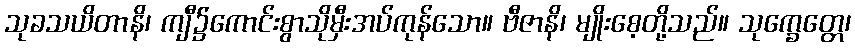
သုခသယိတာနိ၊ ကျီ၌ကောင်းစွာသိုမှီးအပ်ကုန်သော။ ဗီဇာနိ၊ မျိုးစေ့တို့သည်။ သုက္ခေတ္တေ၊